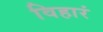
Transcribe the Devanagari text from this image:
विहारं